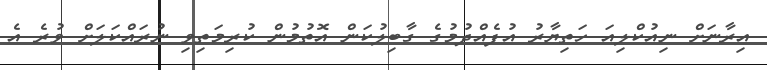
އިރާނަށް ނިއުކްލިއަ ހަތިޔާރު އުފެއްދުމުގެ ގާބިލުކަން އޮތުމުން ކުރިމަތިވި ނުރައްކަލަށް ވުރެ އެ